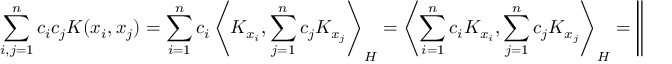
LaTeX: \sum _ { i , j = 1 } ^ { n } c _ { i } c _ { j } K ( x _ { i } , x _ { j } ) = \sum _ { i = 1 } ^ { n } c _ { i } \left\langle K _ { x _ { i } } , \sum _ { j = 1 } ^ { n } c _ { j } K _ { x _ { j } } \right\rangle _ { H } = \left\langle \sum _ { i = 1 } ^ { n } c _ { i } K _ { x _ { i } } , \sum _ { j = 1 } ^ { n } c _ { j } K _ { x _ { j } } \right\rangle _ { H } = \left\| \sum _ { i = 1 } ^ { n } c _ { i } K _ { x _ { i } } \right\| _ { H } ^ { 2 } \geq 0